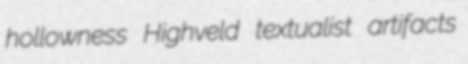
hollowness Highveld textualist artifacts